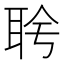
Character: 𬚔